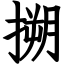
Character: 搠